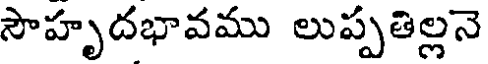
సౌహృదభావము లుప్పతిల్లనె